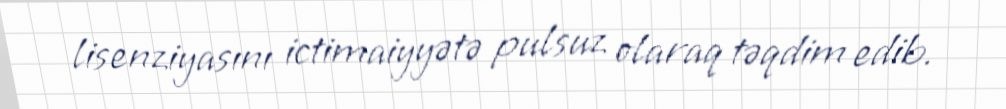
lisenziyasını ictimaiyyətə pulsuz olaraq təqdim edib.